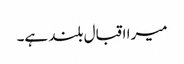
میرا اقبال بلند ہے۔